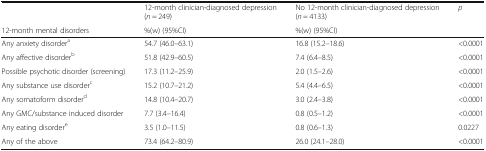
<table><thead><tr><td></td><td><b>12-month clinician-diagnosed depression(<i>n</i> = 249)</b></td><td><b>No 12-month clinician-diagnosed depression(<i>n</i> = 4133)</b></td><td><b><i>p</i></b></td></tr><tr><td><b>12-month mental disorders</b></td><td><b>%(w) (95%CI)</b></td><td><b>%(w) (95%CI)</b></td><td></td></tr></thead><tbody><tr><td>Any anxiety disorder<sup>a</sup></td><td>54.7 (46.0–63.1)</td><td>16.8 (15.2–18.6)</td><td>&lt;0.0001</td></tr><tr><td>Any affective disorder<sup>b</sup></td><td>51.8 (42.9–60.5)</td><td>7.4 (6.4–8.5)</td><td>&lt;0.0001</td></tr><tr><td>Possible psychotic disorder (screening)</td><td>17.3 (11.2–25.9)</td><td>2.0 (1.5–2.6)</td><td>&lt;0.0001</td></tr><tr><td>Any substance use disorder<sup>c</sup></td><td>15.2 (10.7–21.2)</td><td>5.4 (4.4–6.5)</td><td>&lt;0.0001</td></tr><tr><td>Any somatoform disorder<sup>d</sup></td><td>14.8 (10.4–20.7)</td><td>3.0 (2.4–3.8)</td><td>&lt;0.0001</td></tr><tr><td>Any GMC/substance induced disorder</td><td>7.7 (3.4–16.4)</td><td>0.8 (0.5–1.2)</td><td>&lt;0.0001</td></tr><tr><td>Any eating disorder<sup>e</sup></td><td>3.5 (1.0–11.5)</td><td>0.8 (0.6–1.3)</td><td>0.0227</td></tr><tr><td>Any of the above</td><td>73.4 (64.2–80.9)</td><td>26.0 (24.1–28.0)</td><td>&lt;0.0001</td></tr></tbody></table>